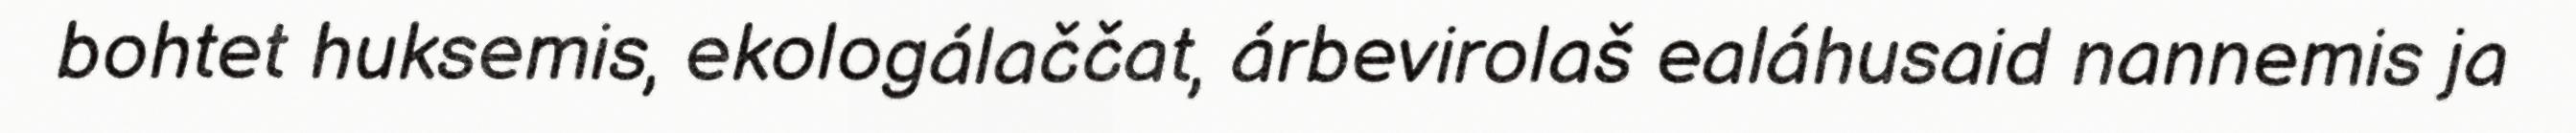
bohtet huksemis, ekologálaččat, árbevirolaš ealáhusaid nannemis ja